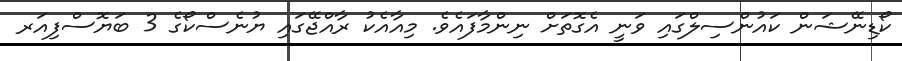
ކޯޑިނޭޝަން ކައުންސިލްގައި ވަނީ އެގޮތަށް ނިންމާފައެވެ. މިއާއެކު ރާއްޖޭގައި ޔުނެސްކޯގެ 3 ބަޔޮސްފިއަރ